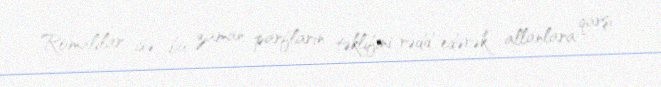
Romalılar isə bu zaman parfların təklifini rədd edərək allanlara qarşı